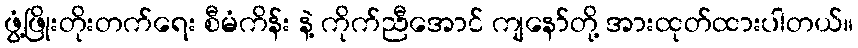
ဖွံ့ဖြိုးတိုးတက်ရေး စီမံကိန်း နဲ့ ကိုက်ညီအောင် ကျနော်တို့ အားထုတ်ထားပါတယ်။